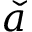
\check { a }